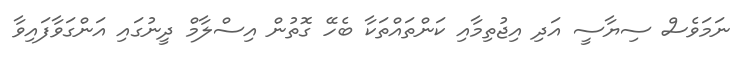
ނަމަވެސް ސިޔާސީ އަދި އިޖުތިމާއި ކަންތައްތަކާ ބެހޭ ގޮތުން އިސްލާމް ދީނުގައި އަންގަވާފައިވާ